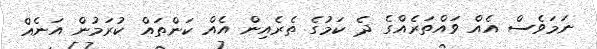
ނަމަވެސް އެއް ވައްތަރެއްގެ ދެ ކަމުގެ ތެރެއިން އެއް ކަންތައް ކުރަމުން އަނެއް